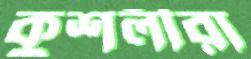
কুশলীরা